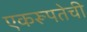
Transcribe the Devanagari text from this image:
एकरूपतेची